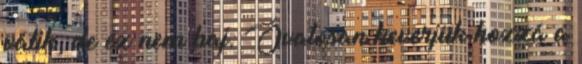
válik, de ez nem baj. Óvatosan keverjük hozzá a